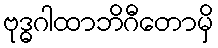
ဗုဒ္ဓဂါထာဘိဂီတောမှိ